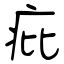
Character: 疪